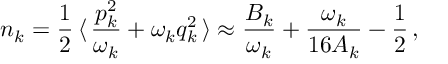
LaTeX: n _ { k } = \frac { 1 } { 2 } \, \langle \, \frac { p _ { k } ^ { 2 } } { \omega _ { k } } + \omega _ { k } q _ { k } ^ { 2 } \, \rangle \approx \frac { { \cal B } _ { k } } { \omega _ { k } } + \frac { \omega _ { k } } { 1 6 { \cal A } _ { k } } - \frac { 1 } { 2 } \, ,